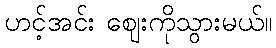
ဟင့်အင်း ဈေးကိုသွားမယ်။